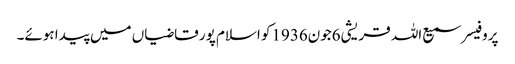
پروفیسر سمیع اللہ قریشی6جون1936کو اسلام پور قاضیاں میں پیدا ہوئے۔